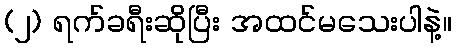
(၂) ရက်ခရီးဆိုပြီး အထင်မသေးပါနဲ့။